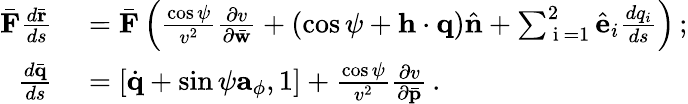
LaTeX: \begin{array}{rl}{\bar{\mathbf F}\frac{d\bar{\mathbf r}}{ds}}&{{}=\bar{\mathbf F}\left(\frac{\cos\psi}{v^{2}}\frac{\partial v}{\partial\bar{\mathbf w}}+(\cos\psi+{\mathbf h}\cdot{\mathbf q})\hat{\mathbf n}+\sum_{\mathrm{~i~}=1}^{2}\hat{\mathbf e}_{i}\frac{dq_{i}}{ds}\right)\, ;}\\ {\frac{d\bar{\mathbf q}}{ds}}&{{}=\left[\dot{\mathbf q}+\sin\psi{\mathbf a}_{\phi},1\right]+\frac{\cos\psi}{v^{2}}\frac{\partial v}{\partial\bar{\mathbf p}}\, .}\end{array}